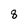
Character: 8